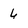
Character: 6